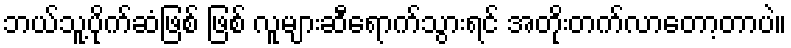
ဘယ်သူ့ပိုက်ဆံဖြစ် ဖြစ် လူများဆီရောက်သွားရင် အတိုးတက်လာတော့တာပဲ။